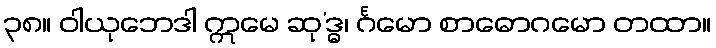
၃၈။ ဝါယုဘေဒါ ဣမေ ဆု’ဒ္ဓ၊ င်္ဂမော စာဓောဂမော တထာ။